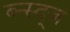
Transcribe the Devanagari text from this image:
ब्न्स्द्ज